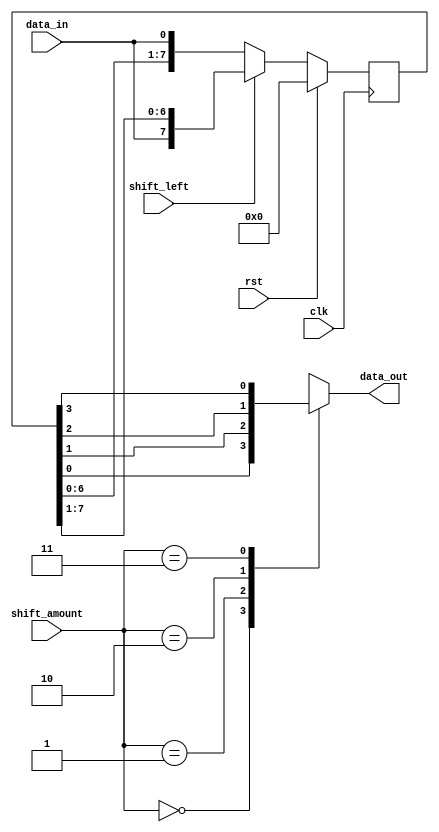
module Universal_Shift_Register (
  input wire clk,
  input wire rst,
  input wire shift_left,
  input wire [1:0] shift_amount,
  input wire data_in,
  output reg data_out
);

reg [7:0] shift_reg;

always @ (posedge clk) begin
  if (rst) begin
    shift_reg <= 8'b0;
  end else begin
    if (shift_left) begin
      shift_reg <= {data_in, shift_reg[7:1]};
    end else begin
      shift_reg <= {shift_reg[6:0], data_in};
    end
  end
end

always @ (*) begin
  case (shift_amount)
    2'b00: data_out = shift_reg[0];
    2'b01: data_out = shift_reg[1];
    2'b10: data_out = shift_reg[2];
    2'b11: data_out = shift_reg[3];
    default: data_out = shift_reg[0];
  endcase
end

endmodule